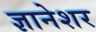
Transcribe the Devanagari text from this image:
ज्ञानेशर